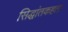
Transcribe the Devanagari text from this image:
सिद्धांतकहता